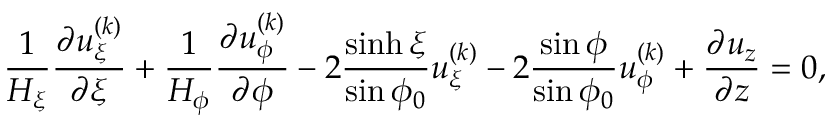
\frac { 1 } { H _ { \xi } } \frac { \partial u _ { \xi } ^ { ( k ) } } { \partial \xi } + \frac { 1 } { H _ { \phi } } \frac { \partial u _ { \phi } ^ { ( k ) } } { \partial \phi } - 2 \frac { \sinh \xi } { \sin \phi _ { 0 } } u _ { \xi } ^ { ( k ) } - 2 \frac { \sin \phi } { \sin \phi _ { 0 } } u _ { \phi } ^ { ( k ) } + \frac { \partial u _ { z } } { \partial z } = 0 ,